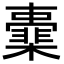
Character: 㰆